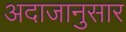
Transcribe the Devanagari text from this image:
अदाजानुसार